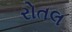
રોતલ